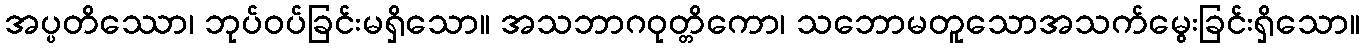
အပ္ပတိဿော၊ ဘုပ်ဝပ်ခြင်းမရှိသော။ အသဘာဂဝုတ္တိကော၊ သဘောမတူသောအသက်မွေးခြင်းရှိသော။